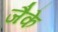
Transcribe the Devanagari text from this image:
जैके